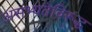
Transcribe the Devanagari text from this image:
असभ्यतेविरूद्ध